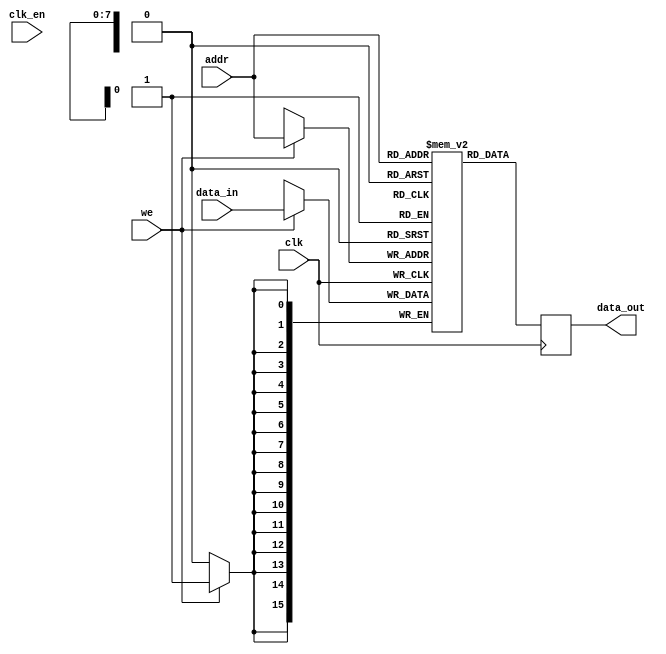
module memory_block #(parameter ADDR_WIDTH = 8, DATA_WIDTH = 16) (
    input wire clk,
    input wire clk_en,
    input wire [ADDR_WIDTH-1:0] addr,
    input wire [DATA_WIDTH-1:0] data_in,
    input wire we, // Write enable signal
    output reg [DATA_WIDTH-1:0] data_out
);
    // Memory array
    reg [DATA_WIDTH-1:0] mem [(2**ADDR_WIDTH)-1:0];

    always @(posedge clk) begin
        if (we) begin
            mem[addr] <= data_in; // Write operation
        end
        data_out <= mem[addr]; // Read operation
    end
endmodule